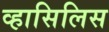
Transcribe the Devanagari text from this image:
व्हासिलिस